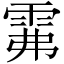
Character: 𩂕